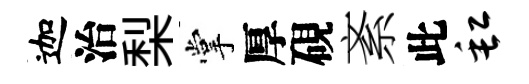
迦治梨掌厚硯紊此缸